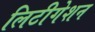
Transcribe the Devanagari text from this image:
लिटीगेशन